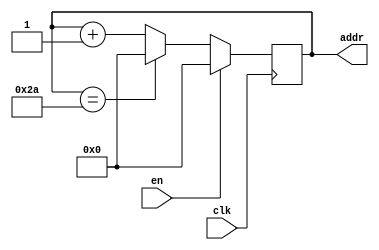
module addr_gen(clk,en,addr);
input clk,en;
output [6:0] addr;
reg	[6:0]	addr;

always @ (posedge clk)
begin
	if (!en)
		begin
			if	(addr==42)//0~42
				addr=0;
			else
				addr<=addr+1;
			end
	else
	addr<=0;
	end
endmodule